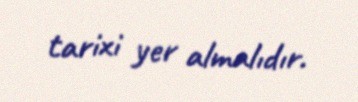
tarixi yer almalıdır.